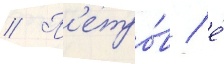
// П'етро́в / е́